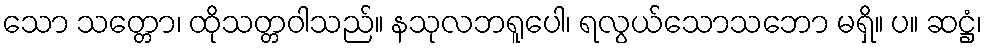
သော သတ္တော၊ ထိုသတ္တဝါသည်။ နသုလဘရူပေါ၊ ရလွယ်သောသဘော မရှိ။ ပ။ ဆဋ္ဌံ၊